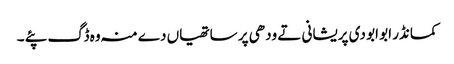
کمانڈر ابو ابو دی پریشانی تے ودھی پر ساتھیاں دے منہ وہ ڈگ پئے ۔